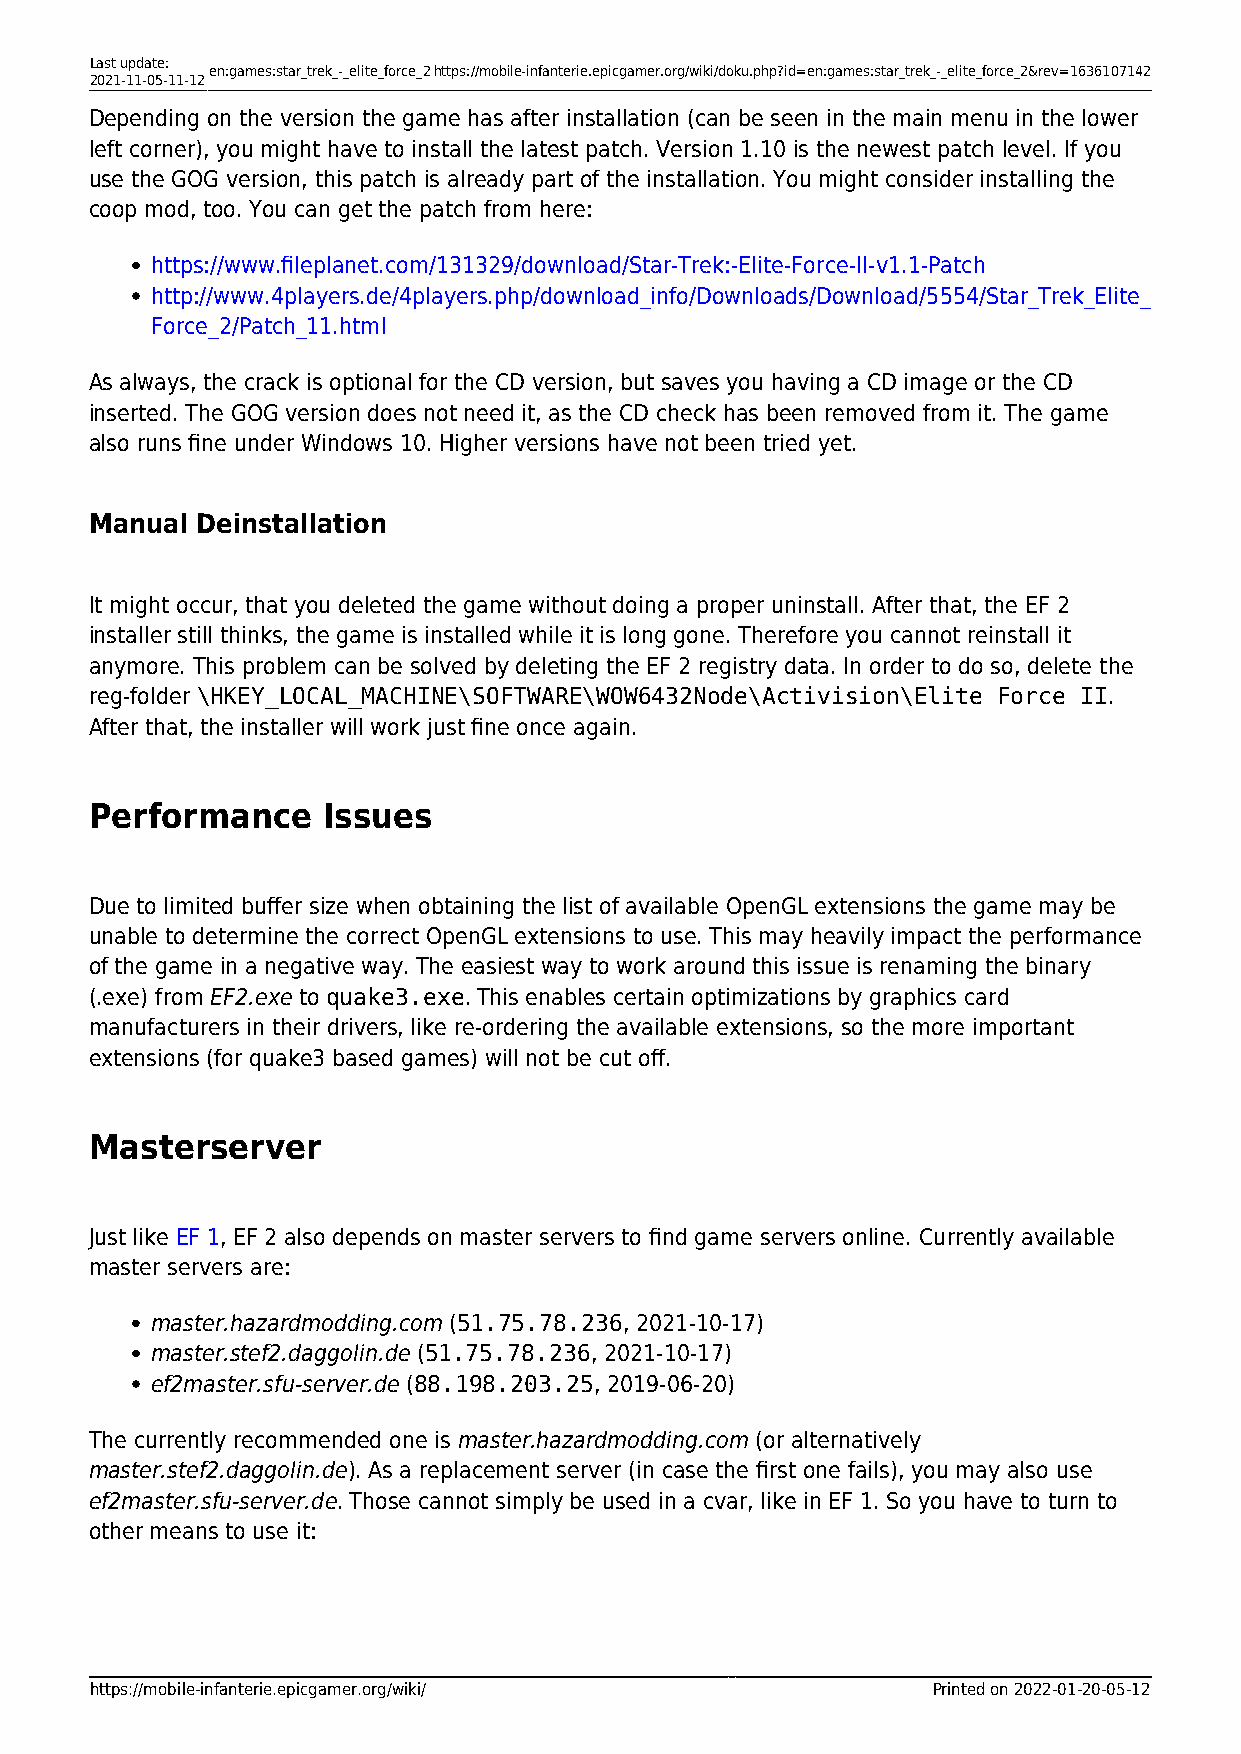
Last update:
 en:games:star_trek_-_elite_force_2https://mobile-infanterie.epicgamer.org/wiki/doku.php?id=en:games:star_trek_-_elite_force_2&rev=1636107142
 2021-11-05-11-12
 Depending on the version the game has after installation (can be seen in the main menu in the lower
 left corner), you might have to install the latest patch. Version 1.10 is the newest patch level. If you
 use the GOG version, this patch is already part of the installation. You might consider installing the
 coop mod, too. You can get the patch from here:
 https://www.fileplanet.com/131329/download/Star-Trek:-Elite-Force-II-v1.1-Patch
 http://www.4players.de/4players.php/download_info/Downloads/Download/5554/Star_Trek_Elite_
 Force_2/Patch_11.html
 As always, the crack is optional for the CD version, but saves you having a CD image or the CD
 inserted. The GOG version does not need it, as the CD check has been removed from it. The game
 also runs fine under Windows 10. Higher versions have not been tried yet.
 Manual Deinstallation
 It might occur, that you deleted the game without doing a proper uninstall. After that, the EF 2
 installer still thinks, the game is installed while it is long gone. Therefore you cannot reinstall it
 anymore. This problem can be solved by deleting the EF 2 registry data. In order to do so, delete the
 reg-folder \HKEY_LOCAL_MACHINE\SOFTWARE\WOW6432Node\Activision\Elite Force II.
 After that, the installer will work just fine once again.
 Performance    Issues
 Due to limited buffer size when obtaining the list of available OpenGL extensions the game may be
 unable to determine the correct OpenGL extensions to use. This may heavily impact the performance
 of the game in a negative way. The easiest way to work around this issue is renaming the binary
 (.exe) from EF2.exe to quake3.exe. This enables certain optimizations by graphics card
 manufacturers in their drivers, like re-ordering the available extensions, so the more important
 extensions (for quake3 based games) will not be cut off.
 Masterserver
 Just like EF 1, EF 2 also depends on master servers to find game servers online. Currently available
 master servers are:
 master.hazardmodding.com (51.75.78.236, 2021-10-17)
 master.stef2.daggolin.de (51.75.78.236, 2021-10-17)
 ef2master.sfu-server.de (88.198.203.25, 2019-06-20)
 The currently recommended one is master.hazardmodding.com (or alternatively
 master.stef2.daggolin.de). As a replacement server (in case the first one fails), you may also use
 ef2master.sfu-server.de. Those cannot simply be used in a cvar, like in EF 1. So you have to turn to
 other means to use it:
 https://mobile-infanterie.epicgamer.org/wiki/           Printed on 2022-01-20-05-12